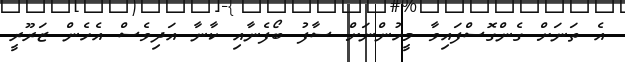
އެ ތަނަށް ގެންގޮސްފައިވާ މީހުންނަށް ސާފު ބޯފެނާއި ކާނާ އަދިވެސް އެހެން ޒަރޫރީ